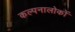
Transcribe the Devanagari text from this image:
कल्पनालोकों